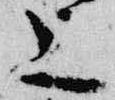
上